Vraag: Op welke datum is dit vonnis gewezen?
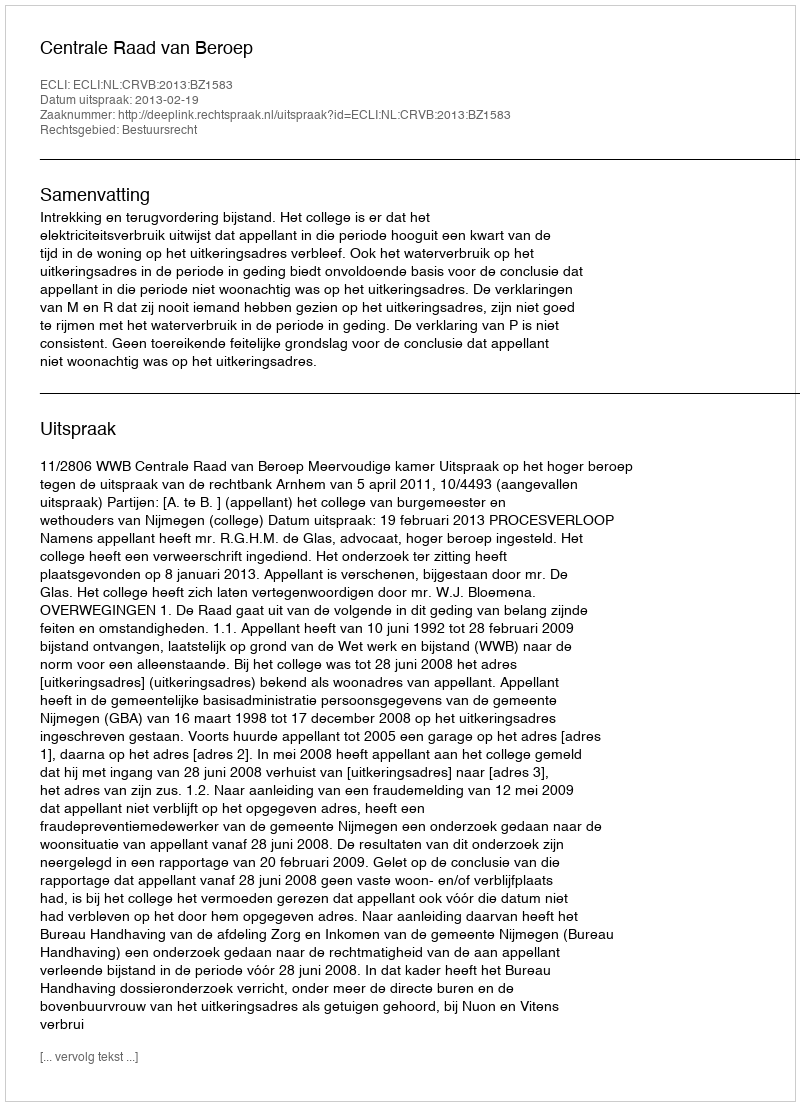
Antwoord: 2013-02-19